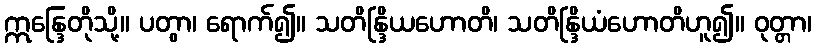
ဣန္ဒြေတိုသို့။ ပတွာ၊ ရောက်၍။ သတိန္ဒြိယဟောတိ၊ သတိန္ဒြိယံဟောတိဟူ၍။ ဝုတ္တာ၊